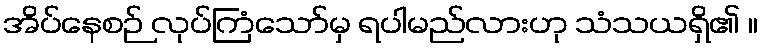
အိပ်နေစဉ် လုပ်ကြံသော်မှ ရပါမည်လားဟု သံသယရှိ၏ ။